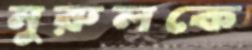
নুরুলকে